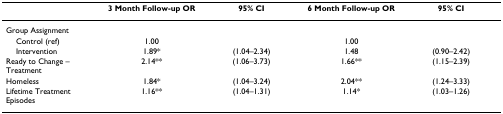
<table><thead><tr><td></td><td><b>3 Month Follow-up OR</b></td><td><b>95% CI</b></td><td><b>6 Month Follow-up OR</b></td><td><b>95% CI</b></td></tr></thead><tbody><tr><td>Group Assignment</td><td></td><td></td><td></td><td></td></tr><tr><td> Control (ref)</td><td>1.00</td><td></td><td>1.00</td><td></td></tr><tr><td> Intervention</td><td>1.89*</td><td>(1.04–2.34)</td><td>1.48</td><td>(0.90–2.42)</td></tr><tr><td>Ready to Change – Treatment</td><td>2.14**</td><td>(1.06–3.73)</td><td>1.66**</td><td>(1.15–2.39)</td></tr><tr><td>Homeless</td><td>1.84*</td><td>(1.04–3.24)</td><td>2.04**</td><td>(1.24–3.33)</td></tr><tr><td>Lifetime Treatment Episodes</td><td>1.16**</td><td>(1.04–1.31)</td><td>1.14*</td><td>(1.03–1.26)</td></tr></tbody></table>